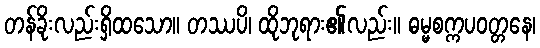
တန်ခိုးလည်းရှိထသော။ တဿပိ၊ ထိုဘုရား၏လည်း။ ဓမ္မစက္ကပဝတ္တနေ၊